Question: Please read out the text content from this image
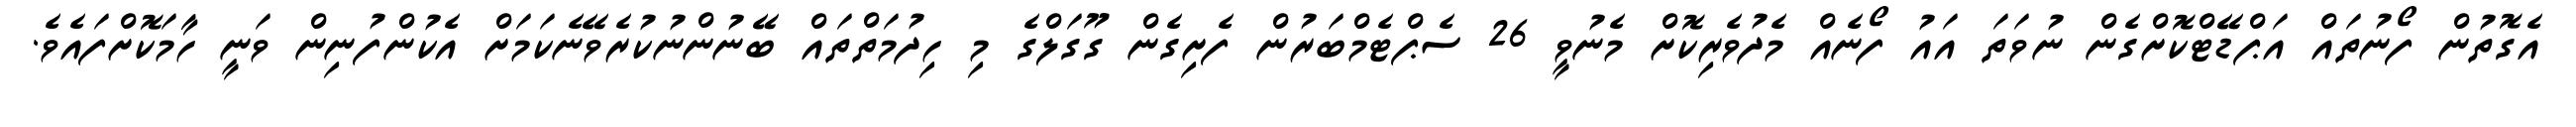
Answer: އެގޮތުން ފޯނުތައް އަޕްޑޭޓްކޮށްގެން ނުވަތަ އައު ފޯނެއް މެދުވެރިކޮށް މެނުވީ 26 ސެޕްޓެމްބަރުން ފެށިގެން ގޫގަލްގެ މި ހިދުމަތްތައް ބޭނުންނުކުރެވޭނެކަމަށް އެކުންފުނިން ވަނީ ހާމަކޮށްފައެވެ.